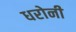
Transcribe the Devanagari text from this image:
धरोनी